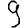
Digit: 9